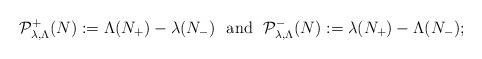
LaTeX: \begin{align*}\mathcal{P}^+_{\lambda,\Lambda}(N):= \Lambda (N_+) - \lambda (N_-) \ \hbox{ and } \ \mathcal{P}^-_{\lambda,\Lambda}(N):= \lambda (N_+) - \Lambda (N_-);\end{align*}